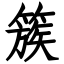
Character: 簇